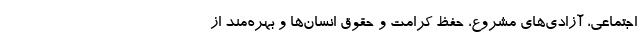
اجتماعی، آزادی‌های مشروع، حفظ کرامت و حقوق انسان‌ها و بهره‌مند از